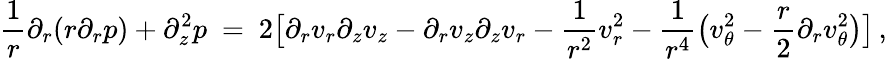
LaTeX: \frac 1r\partial_{r}(r\partial_{r}p)+\partial_{z}^{2}p\ =\ 2\big[\partial_{r}v_{r}\partial_{z}v_{z}-\partial_{r}v_{z}\partial_{z}v_{r}-\frac{1}{r^{2}}v_{r}^{2}-\frac{1}{r^{4}}\big(v_{\theta}^{2}-\frac{r}{2}\partial_{r}v_{\theta}^{2}\big)\big]\, ,